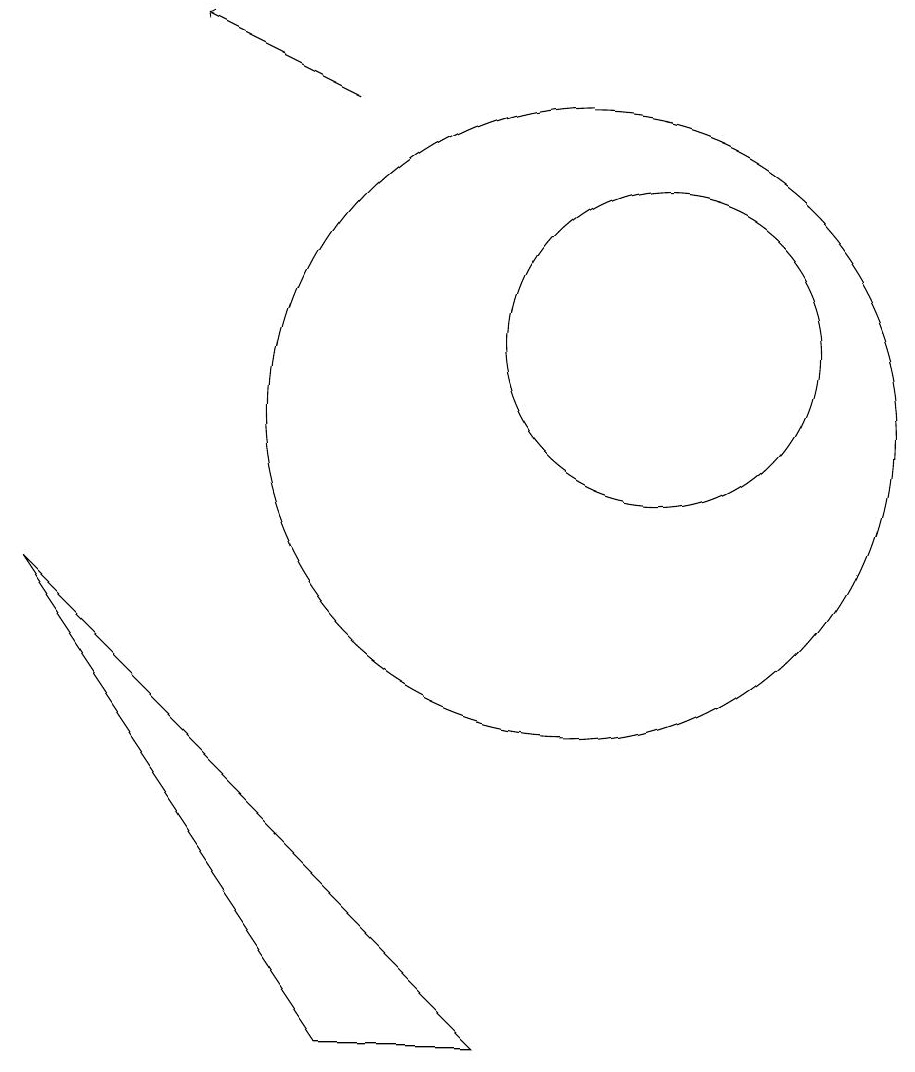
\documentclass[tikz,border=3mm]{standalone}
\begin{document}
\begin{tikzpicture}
\draw (10,10) circle (4);
\draw[->] (7,14) -- (5,15);
\draw (3,8) -- (9,2) -- (7,2) -- cycle;
\draw (11,11) circle (2);
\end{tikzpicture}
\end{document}